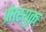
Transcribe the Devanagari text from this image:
प्रोत्स्युक